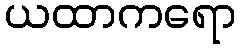
ယထာကရော